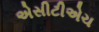
એસીટીએચ